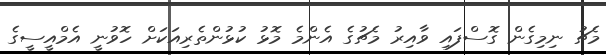
މެޗު ނިމިގެން ގޮސްފައި ވާއިރު މެޗުގެ އެންމެ މޮޅު ކުޅުންތެރިއަކަށް ހޮވުނީ އެމްއީސީގެ